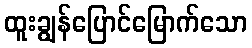
ထူးချွန်ပြောင်မြောက်သော